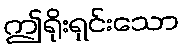
ဤရိုးရှင်းသော